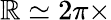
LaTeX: \mathbb{R}\simeq2\pi\times